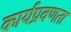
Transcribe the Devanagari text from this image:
कार्यप्रवणता